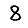
Digit: 8